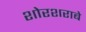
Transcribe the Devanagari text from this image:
शोरशराबे